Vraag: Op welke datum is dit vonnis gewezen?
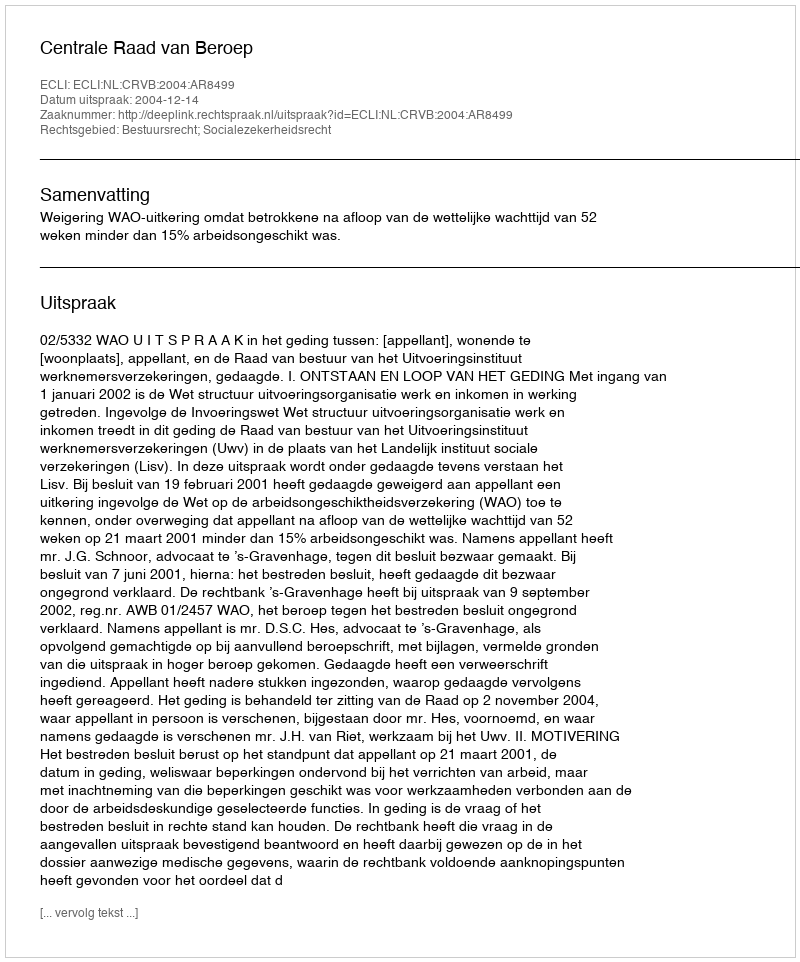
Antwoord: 2004-12-14